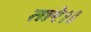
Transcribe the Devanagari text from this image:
तारे।।